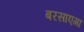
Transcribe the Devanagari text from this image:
बरसाएगा